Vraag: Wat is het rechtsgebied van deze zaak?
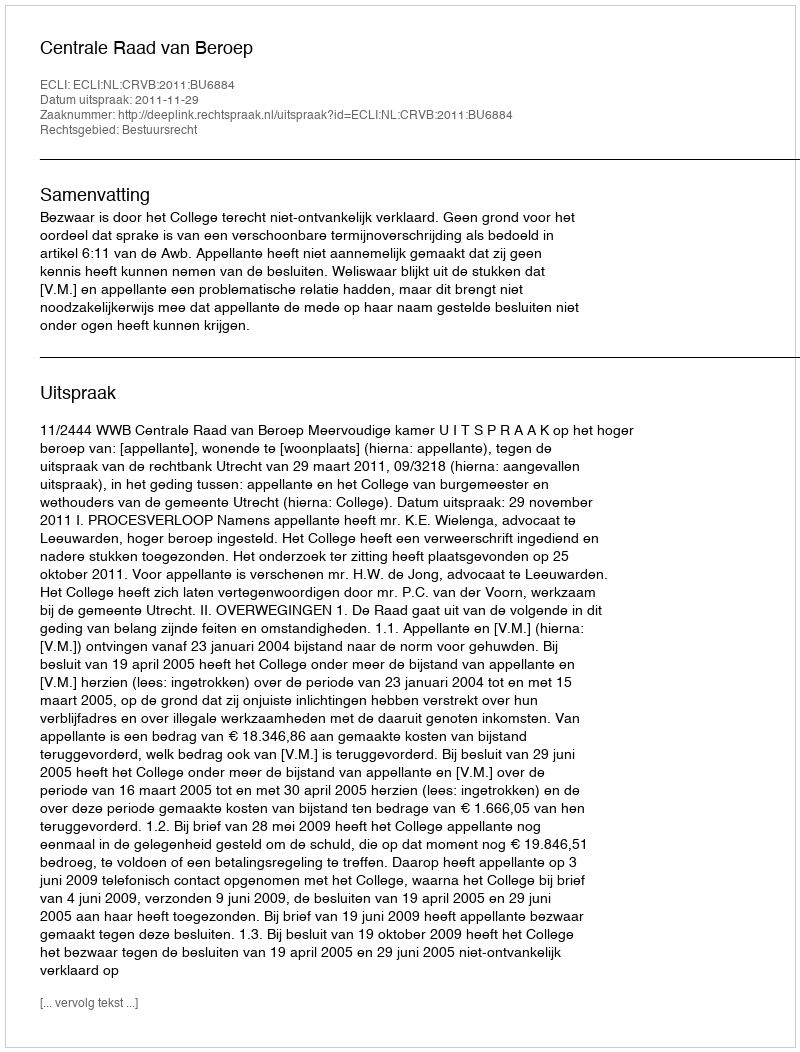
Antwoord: Bestuursrecht